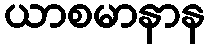
ယာစမာနာန